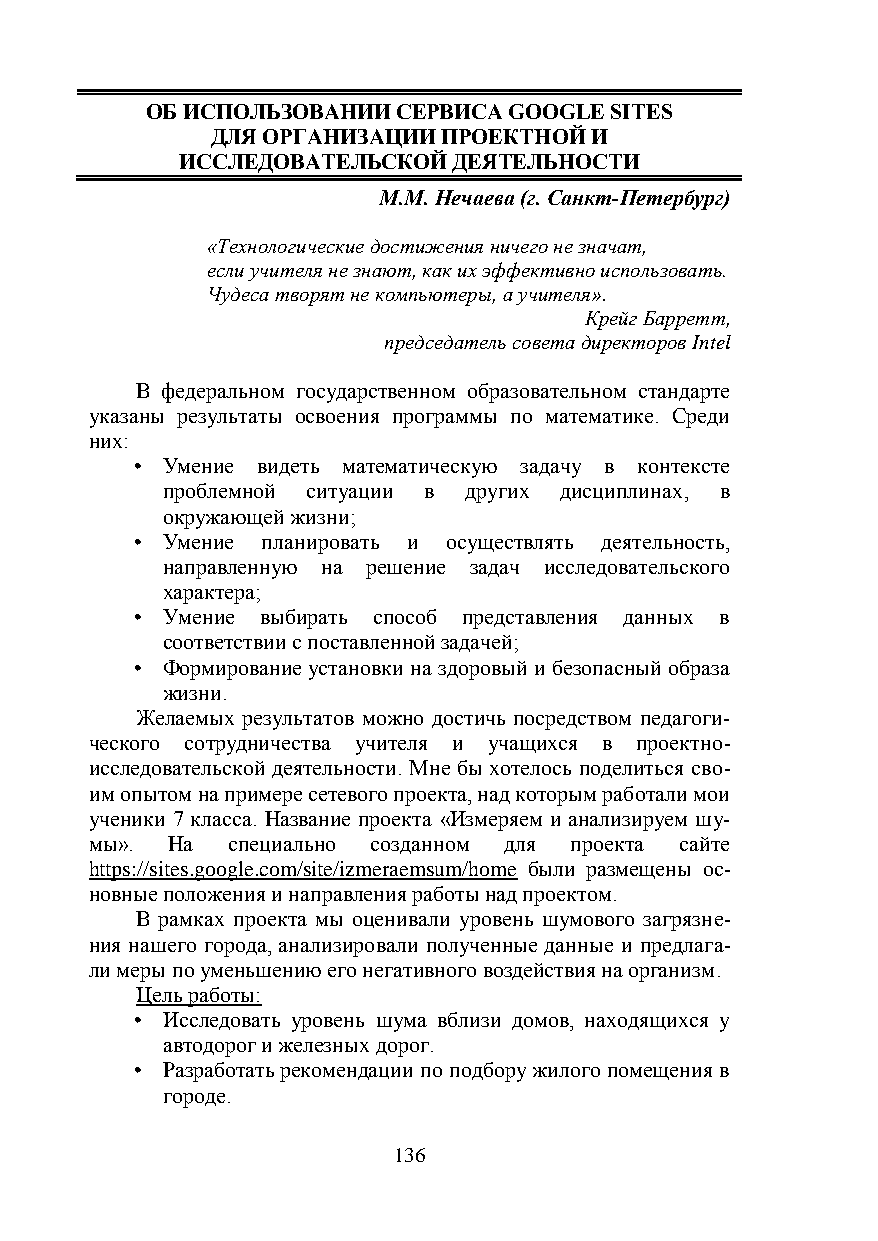
ОБ ИСПОЛЬЗОВАНИИ СЕРВИСА GOOGLE SITES
 ДЛЯ ОРГАНИЗАЦИИ ПРОЕКТНОЙ И
 ИССЛЕДОВАТЕЛЬСКОЙ ДЕЯТЕЛЬНОСТИ
 М.М. Нечаева (г. Санкт-Петербург)
 «Технологические достижения ничего не значат,
 если учителя не знают, как их эффективно использовать.
 Чудеса творят не компьютеры, а учителя».
 Крейг Барретт,
 председатель совета директоров Intel
 В федеральном государственном образовательном стандарте
 указаны результаты освоения программы по математике. Среди
 них:
 • Умение видеть математическую задачу в контексте
 проблемной ситуации в других дисциплинах, в
 окружающей жизни;
 • Умение планировать и осуществлять деятельность,
 направленную на решение задач исследовательского
 характера;
 • Умение выбирать способ представления данных в
 соответствии с поставленной задачей;
 • Формирование установки на здоровый и безопасный образа
 жизни.
 Желаемых результатов можно достичь посредством педагоги-
 ческого сотрудничества учителя и учащихся в проектно-
 исследовательской деятельности. Мне бы хотелось поделиться сво-
 им опытом на примере сетевого проекта, над которым работали мои
 ученики 7 класса. Название проекта «Измеряем и анализируем шу-
 мы». На  специально созданном для проекта сайте
 https://sites.google.com/site/izmeraemsum/home были размещены ос-
 новные положения и направления работы над проектом.
 В рамках проекта мы оценивали уровень шумового загрязне-
 ния нашего города, анализировали полученные данные и предлага-
 ли меры по уменьшению его негативного воздействия на организм.
 Цель работы:
 • Исследовать уровень шума вблизи домов, находящихся у
 автодорог и железных дорог.
 • Разработать рекомендации по подбору жилого помещения в
 городе.
 136